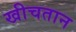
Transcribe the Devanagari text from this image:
खीचतान